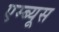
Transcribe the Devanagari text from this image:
एम्ब्यूस